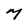
Character: M